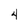
Character: 4